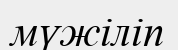
мүжіліп